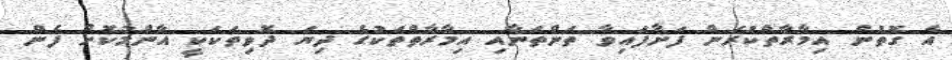
އެ ގޮތުން އިމާރާތްކުރަން ފަށާފައިވާ ތަންތަނާއި އިމާރާތްތަކުގެ ދިޔަ ދޮވިތަކަކީ އާންމުކޮށް ފެން